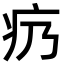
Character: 疓